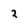
Character: 2